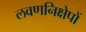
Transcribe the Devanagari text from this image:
लवणनिक्षेपों